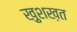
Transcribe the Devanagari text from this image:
ख़ुशख़त